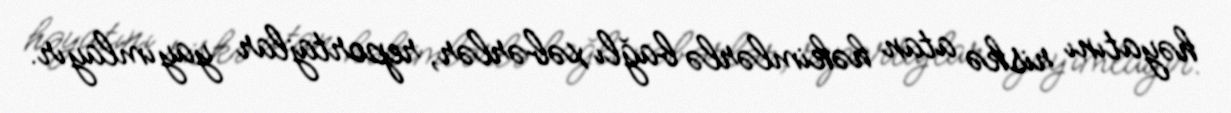
həyatını riskə atan həkimlərlə bağlı xəbərlər, reportajlar yayımlayır.